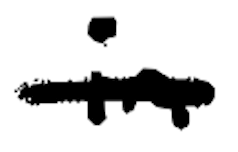
Text: in
Cross-out: single-line
Writing tool: digital_black